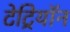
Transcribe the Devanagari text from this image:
टेट्रियॉन